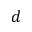
d